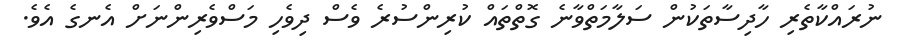
ނުރައްކާތެރި ހާދިސާތަކުން ސަލާމަތްވާނެ ގޮތްތައް ކުރިންސުރެ ވެސް ދިވެހި މަސްވެރިންނަށް އެނގެ އެވެ.